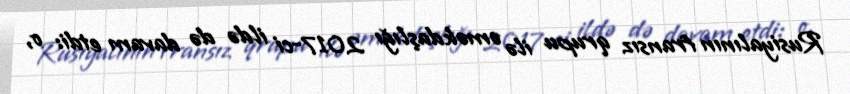
Rusiyalının fransız qrupu ilə əməkdaşlığı 2017-ci ildə də davam etdi: o,